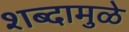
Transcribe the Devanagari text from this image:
शब्दामुळे